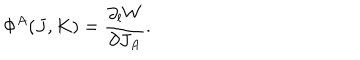
\Phi ^ { A } ( J , K ) = { \frac { \partial _ { l } W } { \partial J _ { A } } } .